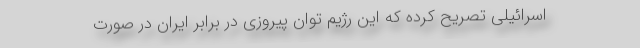
اسرائیلی تصریح کرده که این رژیم توان پیروزی در برابر ایران در صورت